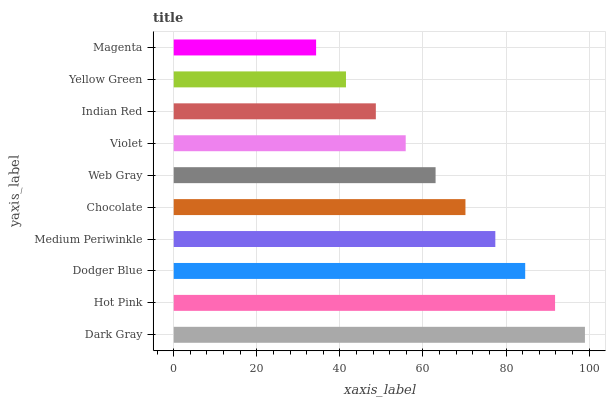
| yaxis_label | bars |
 | --- | --- |
 | Dark Gray | 99 |
 | Hot Pink | 91.8 |
 | Dodger Blue | 84.6 |
 | Medium Periwinkle | 77.4 |
 | Chocolate | 70.2 |
 | Web Gray | 63 |
 | Violet | 55.9 |
 | Indian Red | 48.7 |
 | Yellow Green | 41.5 |
 | Magenta | 34.3 |